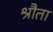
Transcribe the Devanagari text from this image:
श्रौता